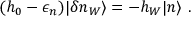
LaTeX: ( h _ { 0 } - \epsilon _ { n } ) | \delta n _ { W } \rangle = - h _ { W } | n \rangle \ .